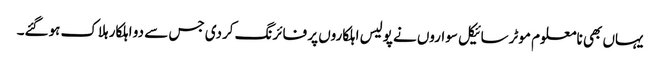
یہاں بھی نامعلوم موٹرسائیکل سواروں نے پولیس اہلکاروں پر فائرنگ کردی جس سے دو اہلکار ہلاک ہوگئے۔